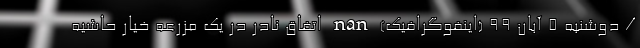
/ دوشنبه 5 آبان 99 (اینفوگرافیک) nan اتفاق نادر در یک مزرعه خیار حاشیه